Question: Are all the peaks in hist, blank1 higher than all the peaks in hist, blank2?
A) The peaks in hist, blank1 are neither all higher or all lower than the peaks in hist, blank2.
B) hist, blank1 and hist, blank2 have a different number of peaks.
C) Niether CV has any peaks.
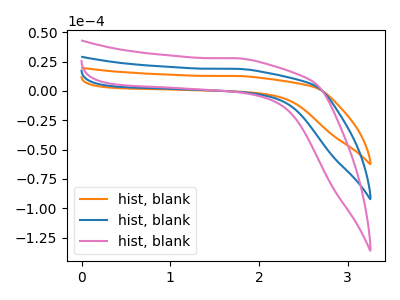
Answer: <think>The orange curve "hist, blank1" has no peaks. The blue curve "hist, blank2" has no peaks. The pink curve "hist, blank3" has no peaks.</think>
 <answer>C) Niether CV has any peaks.</answer>
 <eval>C</eval>